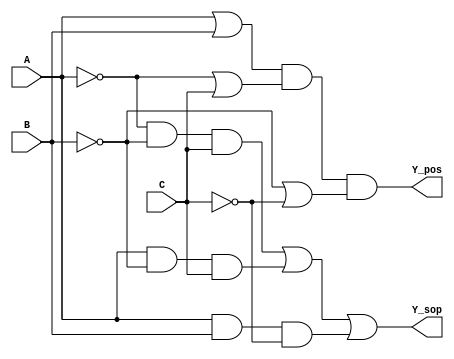
module comb_logic(
    input wire A,
    input wire B,
    input wire C,
    output wire Y_sop, // Output for Sum of Products
    output wire Y_pos  // Output for Product of Sums
);

// Sum of Products (SOP) implementation
// Example Logic Function: Y = A'B'C + AB'C + ABC'
assign Y_sop = (~A & ~B & C) | (A & ~B & C) | (A & B & ~C);

// Product of Sums (POS) implementation
// Example Logic Function: Y = (A + B)(A' + C)(B' + C') 
assign Y_pos = (A | B) & (~A | C) & (~B | ~C);

endmodule